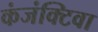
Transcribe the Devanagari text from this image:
कंजंक्टिवा